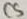
Text: 11